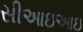
સીઆઇઆઇ